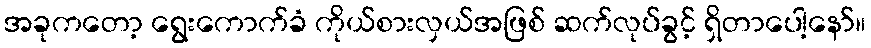
အခုကတော့ ရွေးကောက်ခံ ကိုယ်စားလှယ်အဖြစ် ဆက်လုပ်ခွင့် ရှိတာပေါ့နော်။